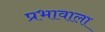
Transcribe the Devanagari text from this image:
प्रभावाला